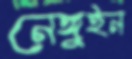
নেঙ্গুইন